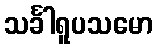
သင်္ခါရူပသမော